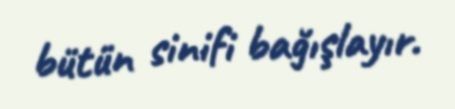
bütün sinifi bağışlayır.